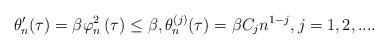
LaTeX: \begin{align*}\theta _{n}^{\prime }(\tau )=\beta \varphi _{n}^{2}\left( \tau \right) \leq\beta ,\theta _{n}^{\left( j\right) }(\tau )=\beta C_{j}n^{1-j},j=1,2,.... \end{align*}